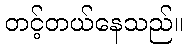
တင့်တယ်နေသည်။